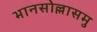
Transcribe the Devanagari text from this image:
भानसोल्लासमु